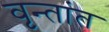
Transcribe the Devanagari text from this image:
वृन्तांत